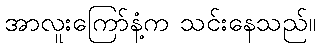
အာလူးကြော်နံ့က သင်းနေသည်။